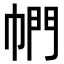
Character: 𪩴